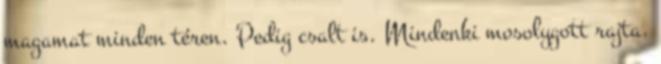
magamat minden téren. Pedig csalt is. Mindenki mosolygott rajta.